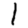
Digit: 1